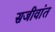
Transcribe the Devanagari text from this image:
सजीवांत